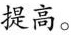
提高。